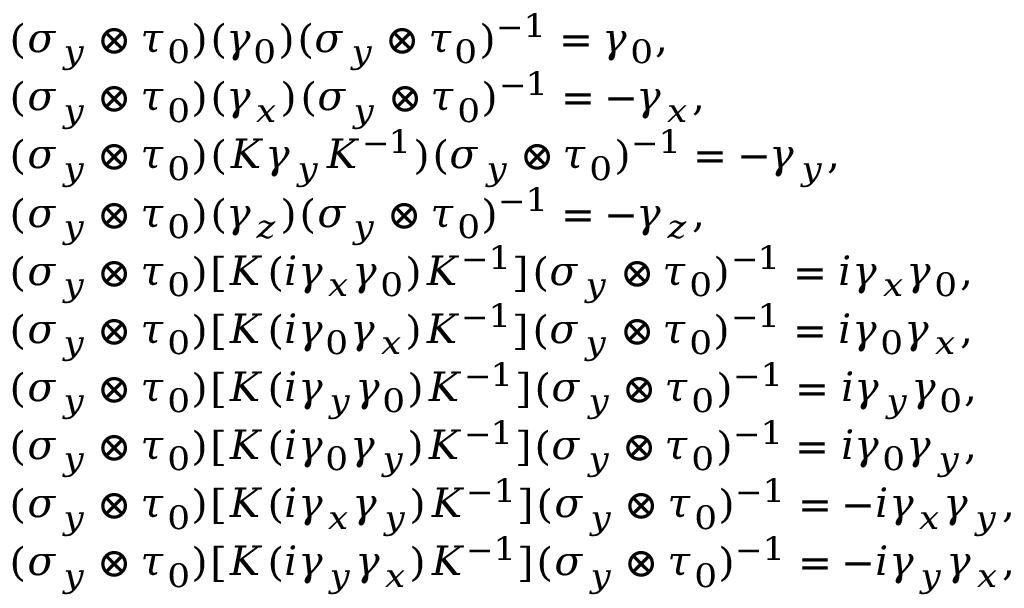
\begin{array} { r l } & { ( \sigma _ { y } \otimes \tau _ { 0 } ) ( \gamma _ { 0 } ) ( \sigma _ { y } \otimes \tau _ { 0 } ) ^ { - 1 } = \gamma _ { 0 } , } \\ & { ( \sigma _ { y } \otimes \tau _ { 0 } ) ( \gamma _ { x } ) ( \sigma _ { y } \otimes \tau _ { 0 } ) ^ { - 1 } = - \gamma _ { x } , } \\ & { ( \sigma _ { y } \otimes \tau _ { 0 } ) ( { \cal K } \gamma _ { y } { \cal K } ^ { - 1 } ) ( \sigma _ { y } \otimes \tau _ { 0 } ) ^ { - 1 } = - \gamma _ { y } , } \\ & { ( \sigma _ { y } \otimes \tau _ { 0 } ) ( \gamma _ { z } ) ( \sigma _ { y } \otimes \tau _ { 0 } ) ^ { - 1 } = - \gamma _ { z } , } \\ & { ( \sigma _ { y } \otimes \tau _ { 0 } ) [ { \cal K } ( i \gamma _ { x } \gamma _ { 0 } ) { \cal K } ^ { - 1 } ] ( \sigma _ { y } \otimes \tau _ { 0 } ) ^ { - 1 } = i \gamma _ { x } \gamma _ { 0 } , } \\ & { ( \sigma _ { y } \otimes \tau _ { 0 } ) [ { \cal K } ( i \gamma _ { 0 } \gamma _ { x } ) { \cal K } ^ { - 1 } ] ( \sigma _ { y } \otimes \tau _ { 0 } ) ^ { - 1 } = i \gamma _ { 0 } \gamma _ { x } , } \\ & { ( \sigma _ { y } \otimes \tau _ { 0 } ) [ { \cal K } ( i \gamma _ { y } \gamma _ { 0 } ) { \cal K } ^ { - 1 } ] ( \sigma _ { y } \otimes \tau _ { 0 } ) ^ { - 1 } = i \gamma _ { y } \gamma _ { 0 } , } \\ & { ( \sigma _ { y } \otimes \tau _ { 0 } ) [ { \cal K } ( i \gamma _ { 0 } \gamma _ { y } ) { \cal K } ^ { - 1 } ] ( \sigma _ { y } \otimes \tau _ { 0 } ) ^ { - 1 } = i \gamma _ { 0 } \gamma _ { y } , } \\ & { ( \sigma _ { y } \otimes \tau _ { 0 } ) [ { \cal K } ( i \gamma _ { x } \gamma _ { y } ) { \cal K } ^ { - 1 } ] ( \sigma _ { y } \otimes \tau _ { 0 } ) ^ { - 1 } = - i \gamma _ { x } \gamma _ { y } , } \\ & { ( \sigma _ { y } \otimes \tau _ { 0 } ) [ { \cal K } ( i \gamma _ { y } \gamma _ { x } ) { \cal K } ^ { - 1 } ] ( \sigma _ { y } \otimes \tau _ { 0 } ) ^ { - 1 } = - i \gamma _ { y } \gamma _ { x } , } \end{array}